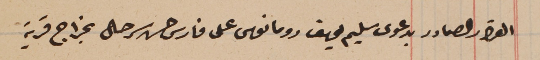
القرار الصادر بدعوى سليم يوسف رومانوس على فارس حسن سرحال بخراج قرية